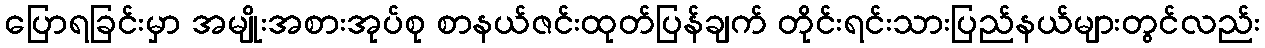
ပြောရခြင်းမှာ အမျိုးအစားအုပ်စု စာနယ်ဇင်းထုတ်ပြန်ချက် တိုင်းရင်းသားပြည်နယ်များတွင်လည်း